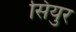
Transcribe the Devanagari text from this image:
सियुर